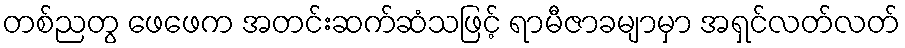
တစ်ညတွ ဖေဖေက အတင်းဆက်ဆံသဖြင့် ရာမီဇာခမျာမှာ အရှင်လတ်လတ်